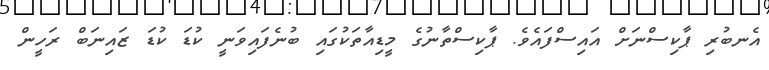
އެނބުރި ޕާކިސްނަށް އައިސްފައެވެ. ޕާކިސްތާނުގެ މީޑިއާތަކުގައި ބުނެފައިވަނީ ކުޑަ ކުޑަ ޒައިނަބް ރަހީން